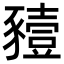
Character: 豷